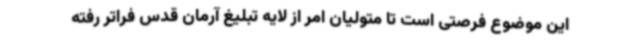
این موضوع فرصتی است تا متولیان امر از لایه تبلیغ آرمان قدس فراتر رفته